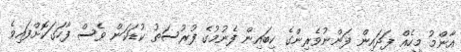
އާންމު މީހެއް ފަދައިން ފަންނުވެރިންގެ ކިބައިން ފެނުމުގެ ފުރުސަތު ކުޑަކަން ވެސް ފާހަގަކޮށްފައިވެ